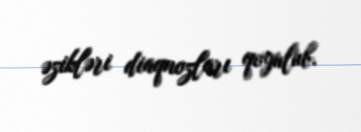
əzikləri diaqnozları qoyulub.